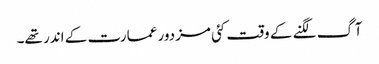
آگ لگنے کے وقت کئی مزدور عمارت کے اندر تھے۔